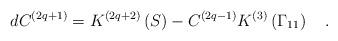
LaTeX: \begin{align*}dC^{\left( 2q+1\right) }=K^{\left( 2q+2\right) }\left( S\right)-C^{\left( 2q-1\right) }K^{\left( 3\right) }\left( \Gamma _{11}\right) \quad.\end{align*}